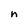
Character: h